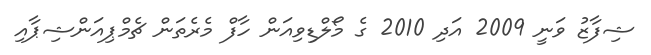
ޝިފާޒު ވަނީ 2009 އަދި 2010 ގެ މޯލްޑިވިއަން ހާފް މެރެތަން ޗެމްޕިއަންޝިޕާއި